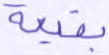
بقيعة